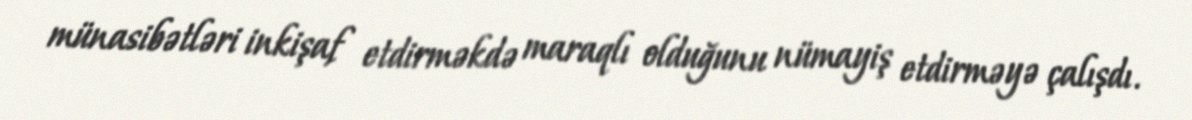
münasibətləri inkişaf etdirməkdə maraqlı olduğunu nümayiş etdirməyə çalışdı.